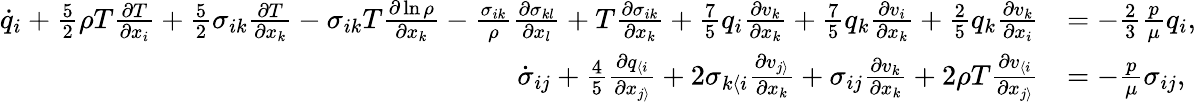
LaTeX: \begin{array}{rl}{\dot{q}_{i}+\frac{5}{2}\rho T\frac{\partial T}{\partial x_{i}}+\frac{5}{2}\sigma_{ik}\frac{\partial T}{\partial x_{k}}-\sigma_{ik}T\frac{\partial\ln\rho}{\partial x_{k}}-\frac{\sigma_{ik}}{\rho}\frac{\partial\sigma_{kl}}{\partial x_{l}}+T\frac{\partial\sigma_{ik}}{\partial x_{k}}+\frac{7}{5}q_{i}\frac{\partial v_{k}}{\partial x_{k}}+\frac{7}{5}q_{k}\frac{\partial v_{i}}{\partial x_{k}}+\frac{2}{5}q_{k}\frac{\partial v_{k}}{\partial x_{i}}}&{=-\frac{2}{3}\frac{p}{\mu}q_{i},}\\ {\dot{\sigma}_{ij}+\frac{4}{5}\frac{\partial q_{\langle i}}{\partial x_{j\rangle}}+2\sigma_{k\langle i}\frac{\partial v_{j\rangle}}{\partial x_{k}}+\sigma_{ij}\frac{\partial v_{k}}{\partial x_{k}}+2\rho T\frac{\partial v_{\langle i}}{\partial x_{j\rangle}}}&{=-\frac{p}{\mu}\sigma_{ij},}\end{array}